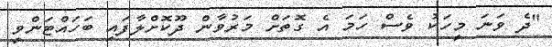
"ދެ ވަނަ މީހަކު ވެސް ހަމަ އެ ގޮތަށް މަރުވާން ދޫކޮށްލާފައި ބަހައްޓަންވީ